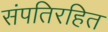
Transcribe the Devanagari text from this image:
संपतिरहित